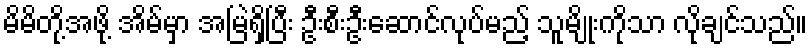
မိမိတို့အဖို့ အိမ်မှာ အမြဲရှိပြီး ဦးစီးဦးဆောင်လုပ်မည့် သူမျိုးကိုသာ လိုချင်သည်။